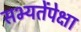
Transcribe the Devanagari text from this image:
सभ्यतेंपेक्षा